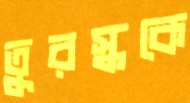
তুরস্ককে